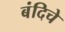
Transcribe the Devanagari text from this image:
बंदिचे